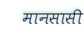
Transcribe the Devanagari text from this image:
मानसासी